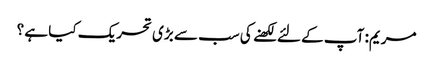
مریم: آپ کے لئے لکھنے کی سب سے بڑی تحریک کیا ہے ؟